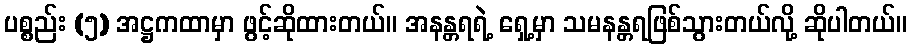
ပစ္စည်း (၅) အဋ္ဌကထာမှာ ဖွင့်ဆိုထားတယ်။ အနန္တရရဲ့ ရှေ့မှာ သမနန္တရဖြစ်သွားတယ်လို့ ဆိုပါတယ်။